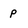
Character: p